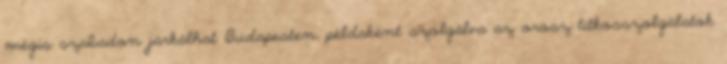
mégis szabadon járkálhat Budapesten, példaként szolgálva az orosz titkosszolgálatok